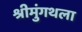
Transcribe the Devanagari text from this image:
श्रीमुंगथला